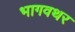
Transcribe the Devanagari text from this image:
भागवथर